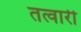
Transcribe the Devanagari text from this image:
तत्वारी